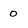
Character: o